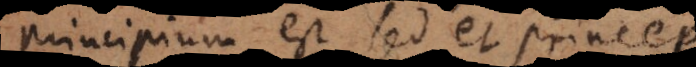
principium est sed et princeps